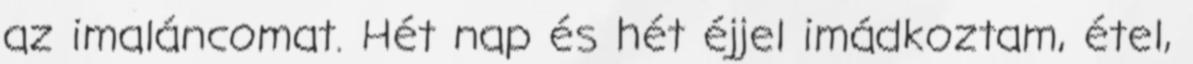
az imaláncomat. Hét nap és hét éjjel imádkoztam, étel,